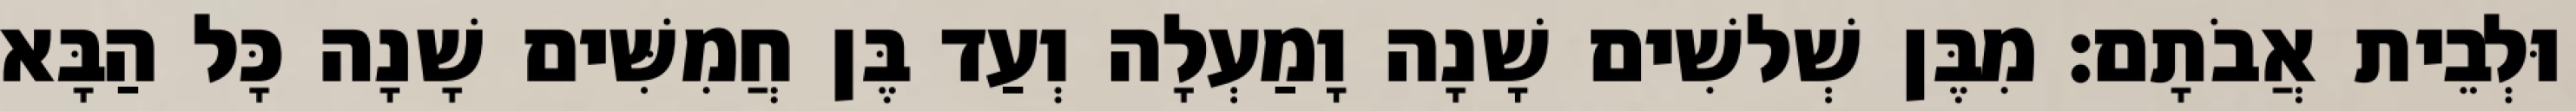
וּלְבֵית אֲבֹתָם׃ מִבֶּן שְׁלשִׁים שָׁנָה וָמַעְלָה וְעַד בֶּן חֲמִשִּׁים שָׁנָה כָּל הַבָּא